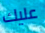
عليك